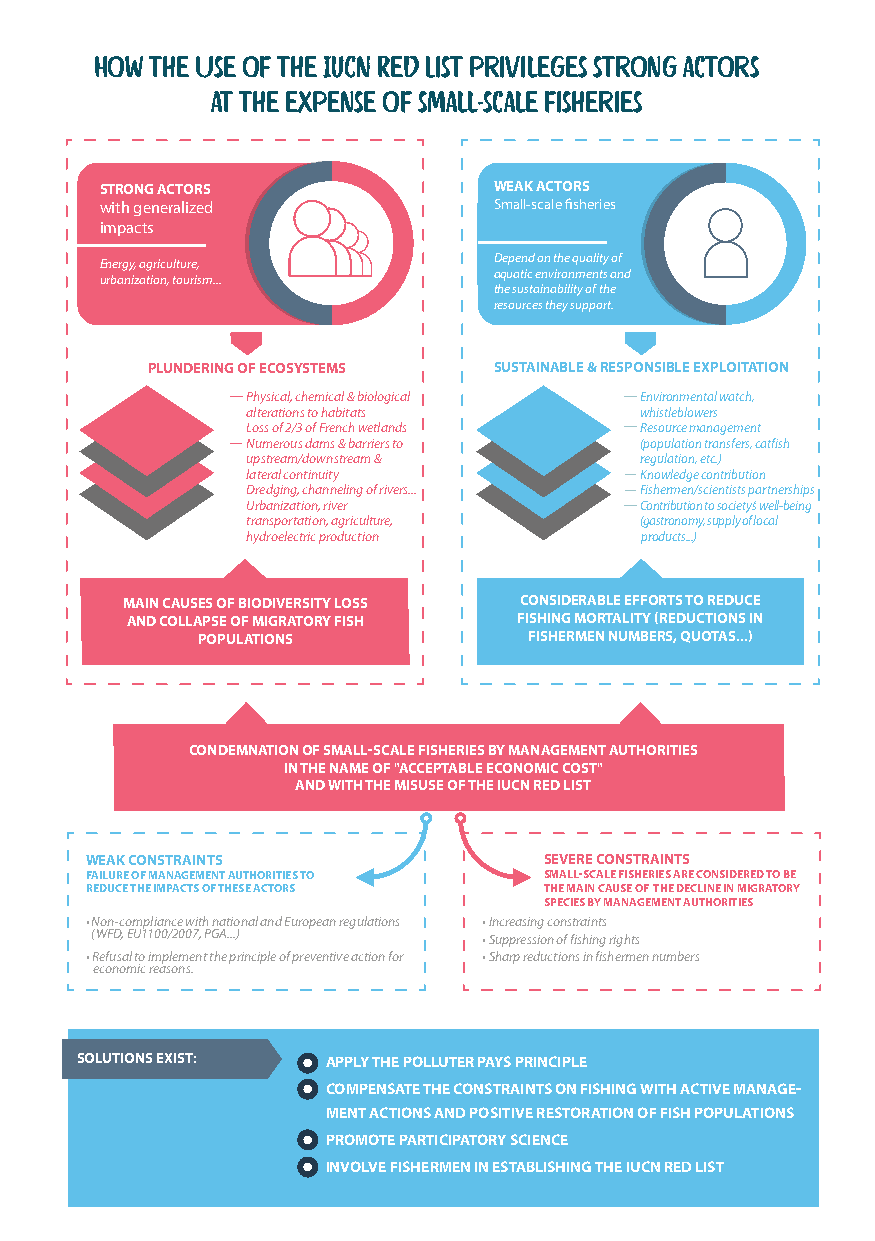
How the use of the IUCN Red List privileges strong actors
 at the expense of small-scale fisheries
 STRONG ACTORS             WEAK ACTORS
 with generalized          Small-scale fisheries
 impacts
 Depend on the quality of
 Energy, agriculture,
 aquatic environments and
 urbanization, tourism...
 the sustainability of the
 resources they support.
 PLUNDERING OF ECOSYSTEMS SUSTAINABLE & RESPONSIBLE EXPLOITATION
 Physical, chemical & biological Environmental watch,
 alterations to habitats   whistleblowers
 Loss of 2/3 of French wetlands Resource management
 Numerous dams & barriers to (population transfers, catfish
 upstream/downstream &     regulation, etc.)
 lateral continuity        Knowledge contribution
 Dredging, channeling of rivers... Fishermen/scientists partnerships
 Urbanization, river       Contribution to society's well-being
 transportation, agriculture, (gastronomy, supply of local
 hydroelectric production  products...)
 MAIN CAUSES OF BIODIVERSITY LOSS CONSIDERABLE EFFORTS TO REDUCE
 AND COLLAPSE OF MIGRATORY FISH FISHING MORTALITY (REDUCTIONS IN
 POPULATIONS           FISHERMEN NUMBERS, QUOTAS...)
 CONDEMNATION OF SMALL-SCALE FISHERIES BY MANAGEMENT AUTHORITIES
 IN THE NAME OF "ACCEPTABLE ECONOMIC COST"
 AND WITH THE MISUSE OF THE IUCN RED LIST
 WEAK CONSTRAINTS              SEVERE CONSTRAINTS
 FAILURE OF MANAGEMENT AUTHORITIES TO SMALL-SCALE FISHERIES ARE CONSIDERED TO BE
 REDUCE THE IMPACTS OF THESE ACTORS THE MAIN CAUSE OF THE DECLINE IN MIGRATORY
 SPECIES BY MANAGEMENT AUTHORITIES
 • Non-compliance with national and European regulations • Increasing constraints
 (WFD, EU1100/2007, PGA...) • Suppression of fishing rights
 • Refusal to implement the principle of preventive action for • Sharp reductions in fishermen numbers
 economic reasons.
 SOLUTIONS EXIST: APPLY THE POLLUTER PAYS PRINCIPLE
 COMPENSATE THE CONSTRAINTS ON FISHING WITH ACTIVE MANAGE-
 MENT ACTIONS AND POSITIVE RESTORATION OF FISH POPULATIONS
 PROMOTE PARTICIPATORY SCIENCE
 INVOLVE FISHERMEN IN ESTABLISHING THE IUCN RED LIST